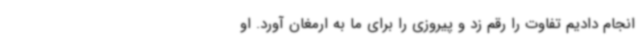
انجام دادیم تفاوت را رقم زد و پیروزی را برای ما به ارمغان آورد. او